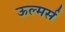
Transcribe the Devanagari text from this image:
ऊल्मर्स